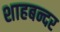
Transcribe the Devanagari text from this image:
शाहबन्दर